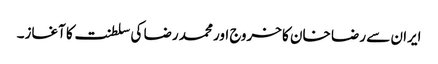
ایران سے رضا خان کا خروج اور محمد رضا کی سلطنت کا آغاز۔